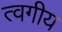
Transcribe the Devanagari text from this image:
त्वगीय